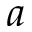
a